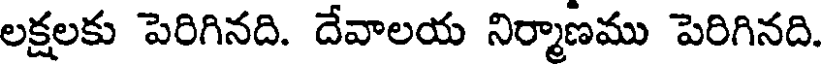
లక్షలకు పెరిగినది. దేవాలయ నిర్మాణము పెరిగినది.